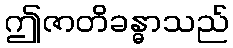
ဤဇာတိခန္ဓာသည်